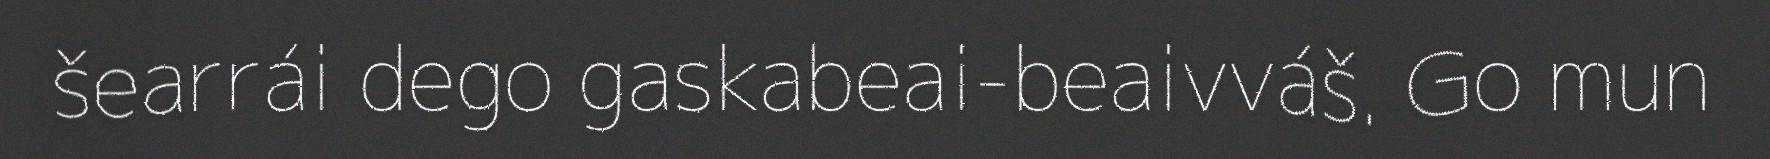
šearrái dego gaskabeai-beaivváš. Go mun